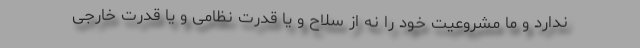
ندارد و ما مشروعیت خود را نه از سلاح و یا قدرت نظامی و یا قدرت خارجی